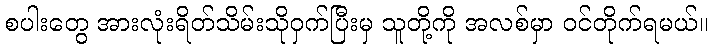
စပါးတွေ အားလုံးရိတ်သိမ်းသိုဝှက်ပြီးမှ သူတို့ကို အလစ်မှာ ဝင်တိုက်ရမယ်။